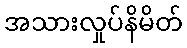
အသားလှုပ်နိမိတ်